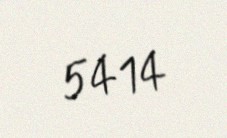
5414